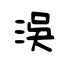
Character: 洖